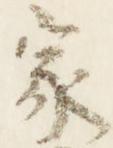
家